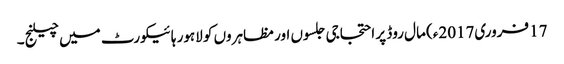
17 فروری2017ء) مال روڈ پر احتجاجی جلسوں اور مظاہروں کو لاہور ہائیکورٹ میں چیلنج ۔